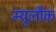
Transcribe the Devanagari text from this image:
म्युलौक